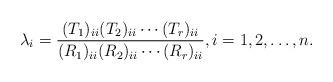
LaTeX: \begin{align*} \lambda_i = \frac{ (T_1)_{ii}(T_2)_{ii}\cdots(T_r)_{ii}}{(R_1)_{ii}(R_2)_{ii}\cdots(R_r)_{ii}}, i = 1,2,\dots,n.\end{align*}